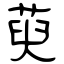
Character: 萸